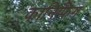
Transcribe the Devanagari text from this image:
कानिफिंग